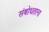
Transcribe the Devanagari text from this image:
संबोधताना